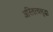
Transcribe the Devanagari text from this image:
अस्तित्वसुद्धा